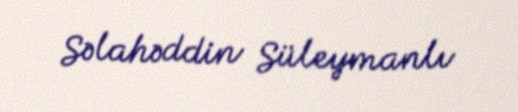
Səlahəddin Süleymanlı